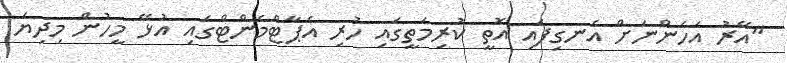
"އޭރު އަހަންނަށް އެނގިފައި އޮތީ ކުރިމަތީގައި ހުރި އެޕާޓްމެންޓްގައި އުޅޭ މީހުން މިދިޔަ